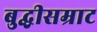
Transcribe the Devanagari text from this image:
बुद्धीसम्राट